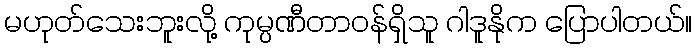
မဟုတ်သေးဘူးလို့ ကုမ္ပဏီတာဝန်ရှိသူ ဂါဒူနိုက ပြောပါတယ်။